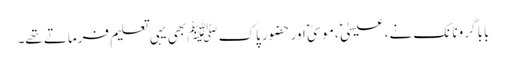
بابا گرونانک نے، عیسیٰ ؑ ،موسیٰ ؑ اور حضور پاک ﷺ بھی یہی تعلیم فرماتے تھے۔